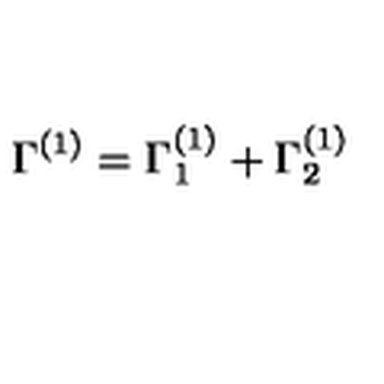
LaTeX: \Gamma ^ { ( 1 ) } = \Gamma _ { 1 } ^ { ( 1 ) } + \Gamma _ { 2 } ^ { ( 1 ) }